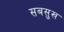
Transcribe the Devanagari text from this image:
सबसुख